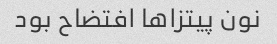
نون پیتزا‌ها افتضاح بود